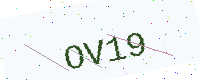
Text: OV19